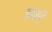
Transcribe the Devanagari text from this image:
डर्फी